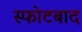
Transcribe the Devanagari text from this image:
स्फोटबाद